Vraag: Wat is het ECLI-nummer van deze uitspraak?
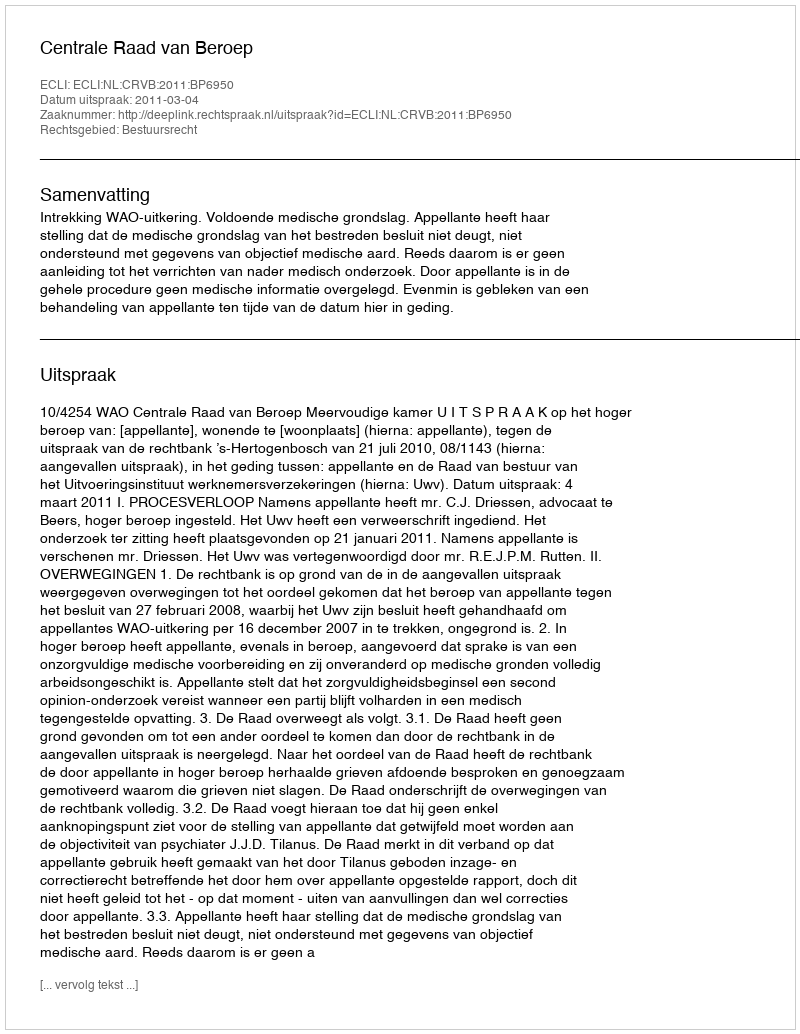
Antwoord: ECLI:NL:CRVB:2011:BP6950